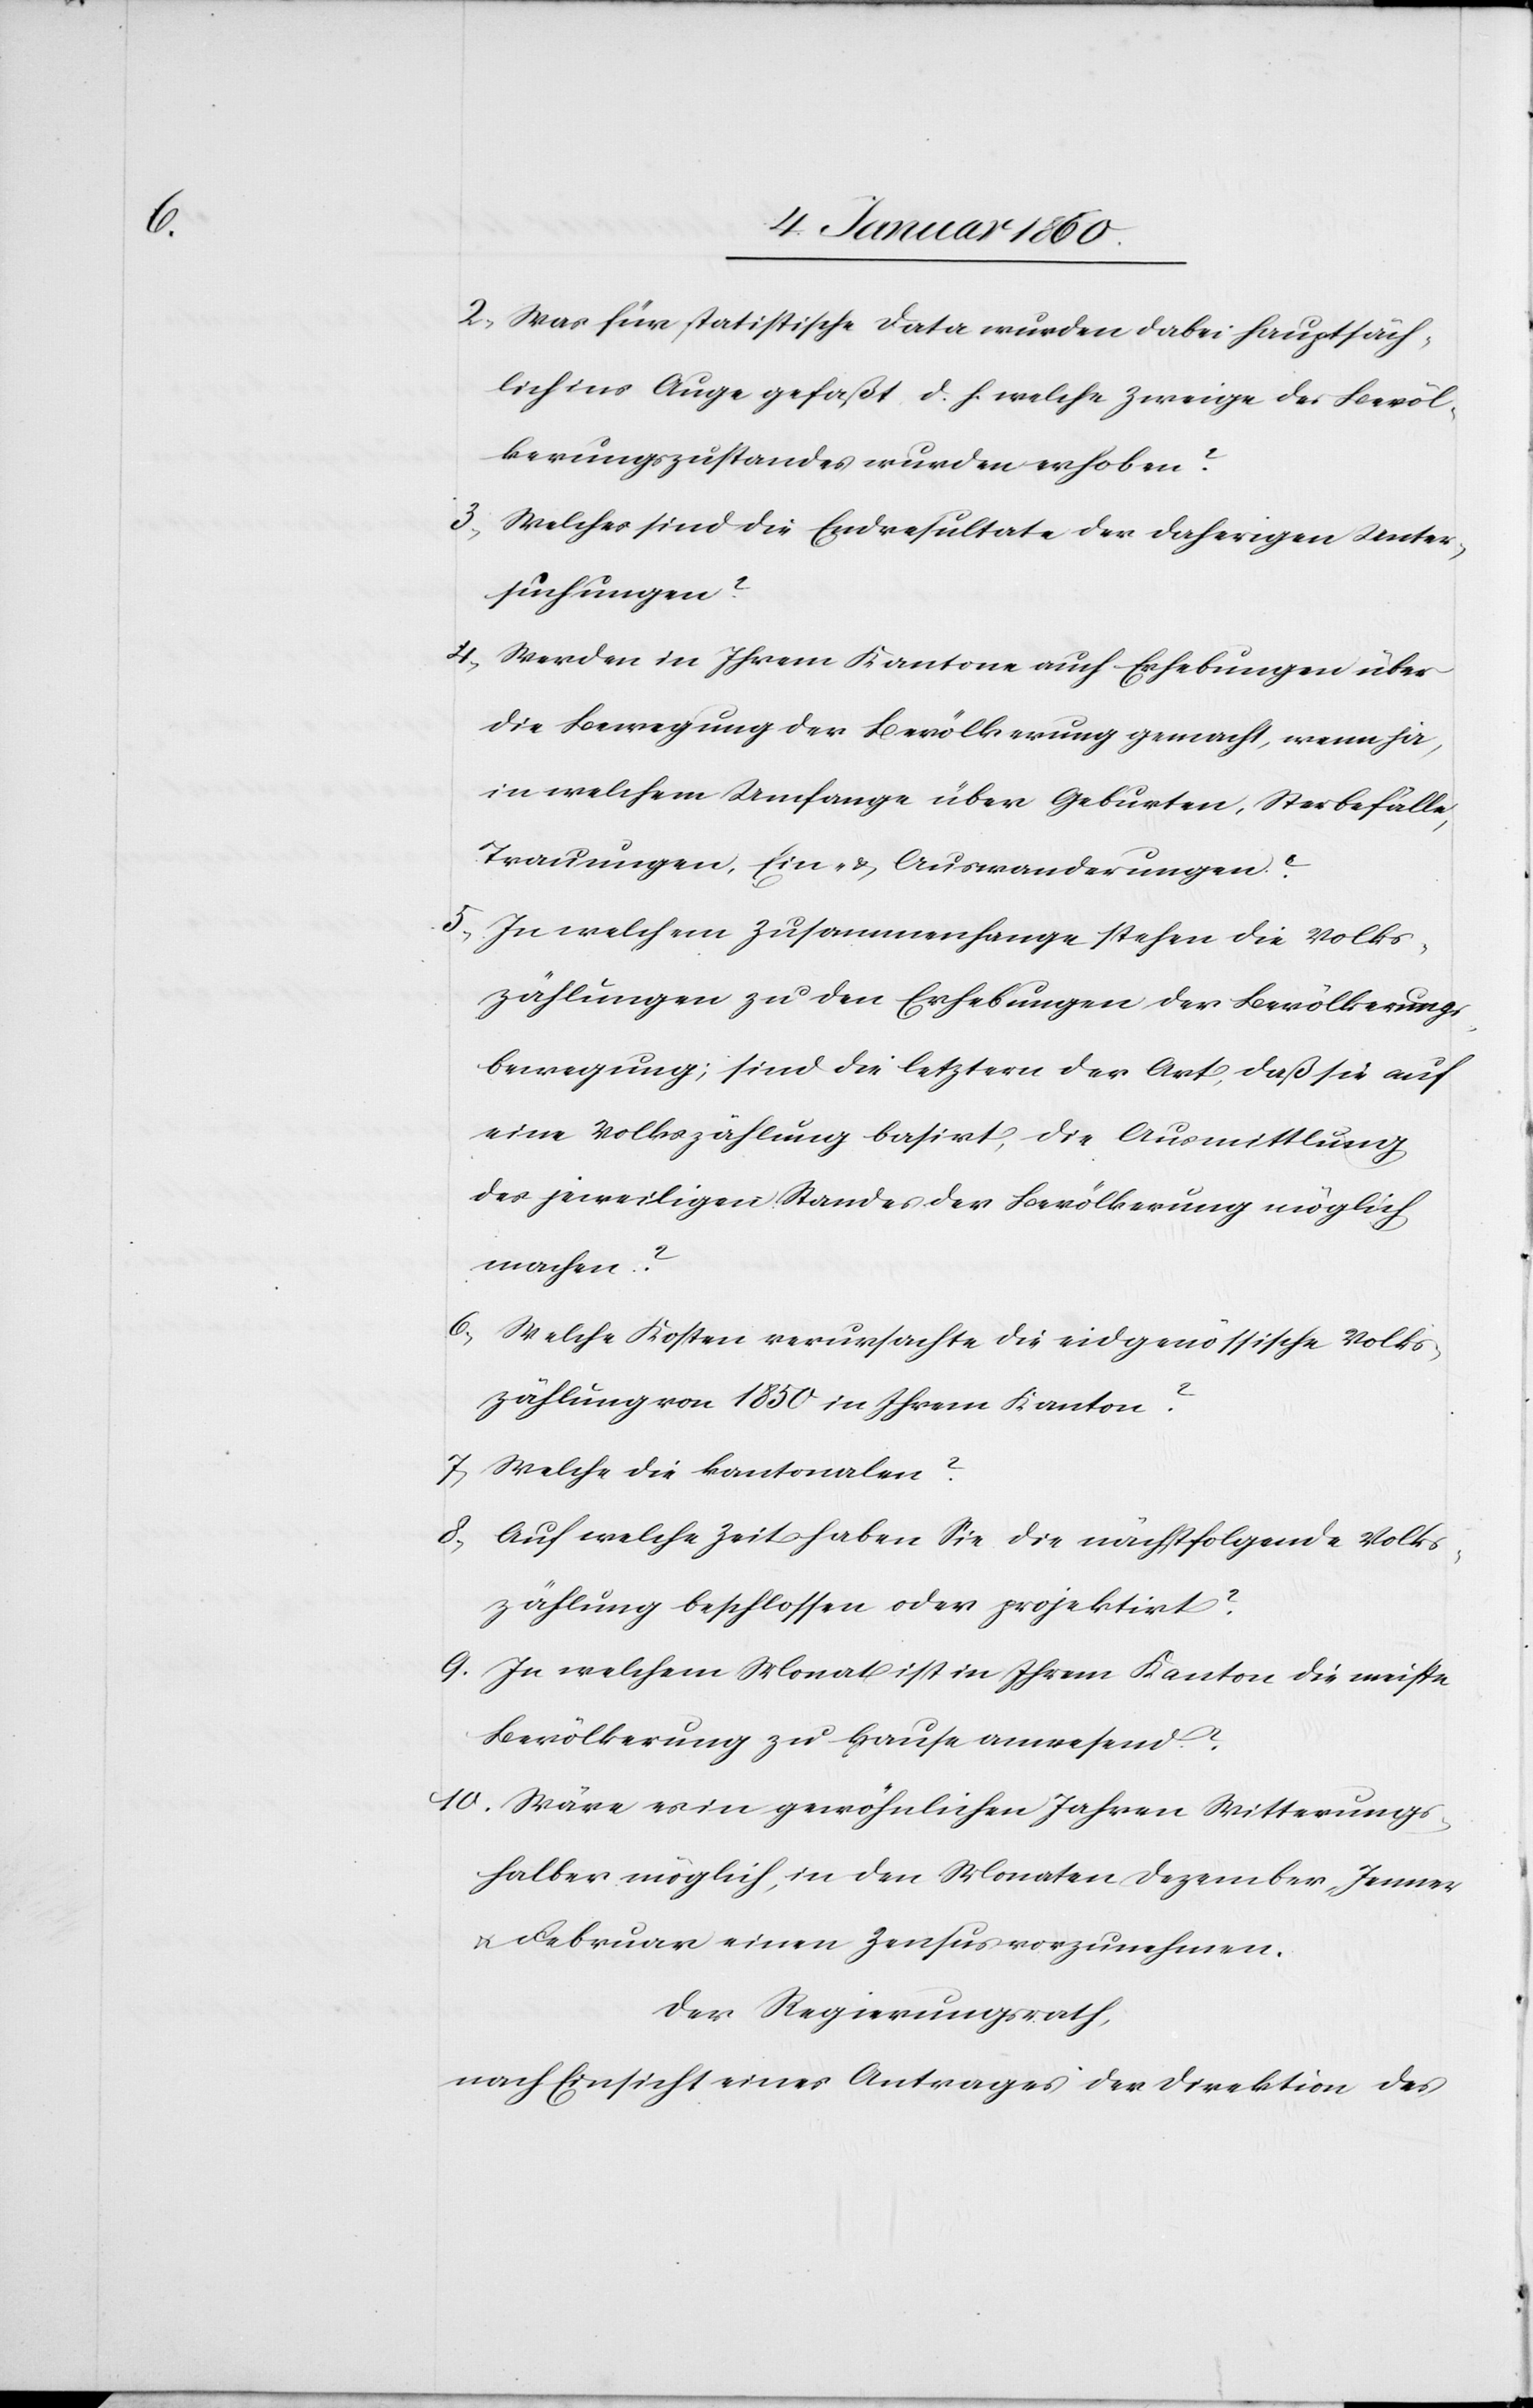
2. Was für statistische Data wurden dabei hauptsäch¬
lich ins Auge gefaßt d. h. welche Zweige des Bevöl¬
kerungszustandes wurden erhoben?
3.
Welches sind die Endresultate der daherigen Unter¬
suchungen?
4. Werden in Ihrem Kantone auch Erhebungen über
die Bewegung der Bevölkerung gemacht, wenn ja,
in welchem Umfange über Geburten, Sterbefälle,
Trauungen, Ein- u. Auswanderungen?
5. In welchem Zusammenhange stehen die Volks¬
zählungen zu den Erhebungen der Bevölkerungs¬
bewegung; sind die letztern der Art, daß sie auf
eine Volkszählung basirt, die Ausmittlung
des jeweiligen Standes der Bevölkerung möglich
machen?
6. Welche Kosten verursachte die eidgenössische Volks¬
zählung von 1850. in Ihrem Kanton?
7. Welche die kantonalen?
8. Auf welche Zeit haben Sie die nächstfolgende Volks¬
zählung beschlossen oder projektirt?
9. In welchem Monat ist in Ihrem Kanton die meiste
Bevölkerung zu Hause anwesend?
10. Wäre es in gewöhnlichen Jahren Witterungs¬
halber möglich, in den Monaten Dezember, Jenner
u. Februar einen Zensus vorzunehmen?
Der Regierungsrath,
nach Einsicht eines Antrages der Direktion des